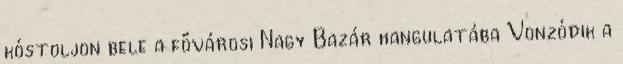
kóstoljon bele a fővárosi Nagy Bazár hangulatába Vonzódik a